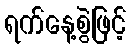
ရက်နေ့စွဲဖြင့်